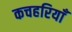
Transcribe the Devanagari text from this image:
कचहरियाँ